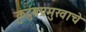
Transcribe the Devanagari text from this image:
कुटुंबप्रमुखाचे